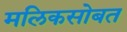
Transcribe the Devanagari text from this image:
मलिकसोबत